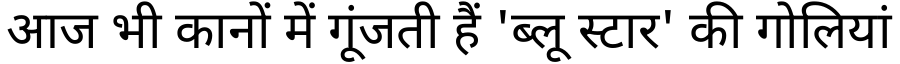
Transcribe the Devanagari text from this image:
आज भी कानों में गूंजती हैं 'ब्लू स्टार' की गोलियां